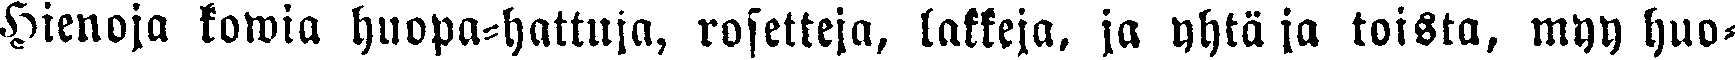
Hienoja kowia huopa-hattuja, rosetteja, lakkeja, ja yhtä ja toista, myy huo-